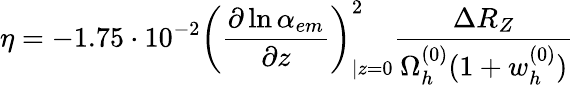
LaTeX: \eta=-1.75\cdot 10^{-2}\left(\frac{\partial\ln\alpha_{em}}{\partial z}\right)_{|z=0}^{2}\frac{\Delta R_{Z}}{\Omega_{h}^{(0)}(1+w_{h}^{(0)})}